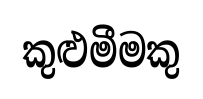
කුළුමීමකු